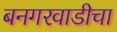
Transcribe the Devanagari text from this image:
बनगरवाडीचा